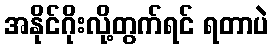
အနိုင်ဂိုးလို့တွက်ရင် ရတာပဲ